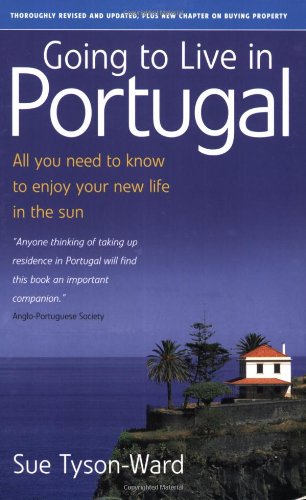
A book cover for Going to Live in Portugal: All You Need to Know to Enjoy Your New Life in the Su; Sue Tyson-Ward; Travel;